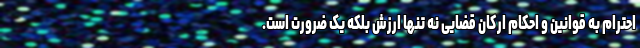
احترام به قوانین و احکام ارکان قضایی نه تنها ارزش بلکه یک ضرورت است.